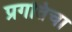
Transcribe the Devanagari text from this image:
प्रगतिचा